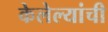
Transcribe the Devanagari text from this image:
केलेल्यांची